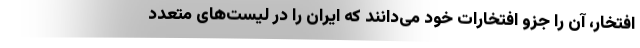
افتخار، آن را جزو افتخارات خود می‌دانند که ایران را در لیست‌های متعدد